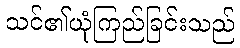
သင်၏ယုံကြည်ခြင်းသည်